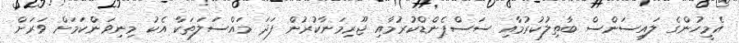
އެމީހުންގެ ލައިސަންސް ބާތިލުކުރުމާއި ސަސްޕެންޑްކުރުމާއި ޖޫރިމަނާކުރުން ފަދަ މައްސަލަތަކާ އެކު މިނިވަންކަމަށް ވަރަށް